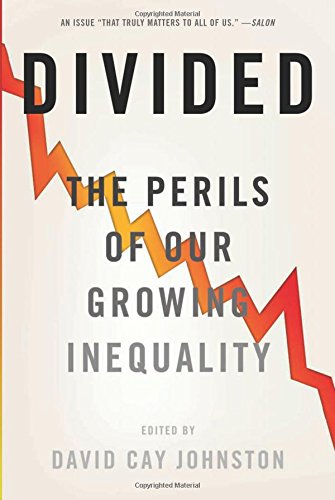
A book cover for Divided: The Perils of Our Growing Inequality; Business & Money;